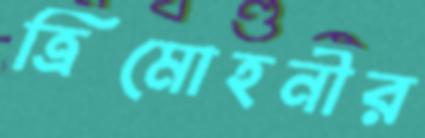
ত্রিমোহনীর